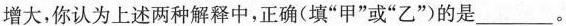
增大，你认为上述两种解释中，正确(填”甲”或”乙”)的是___。